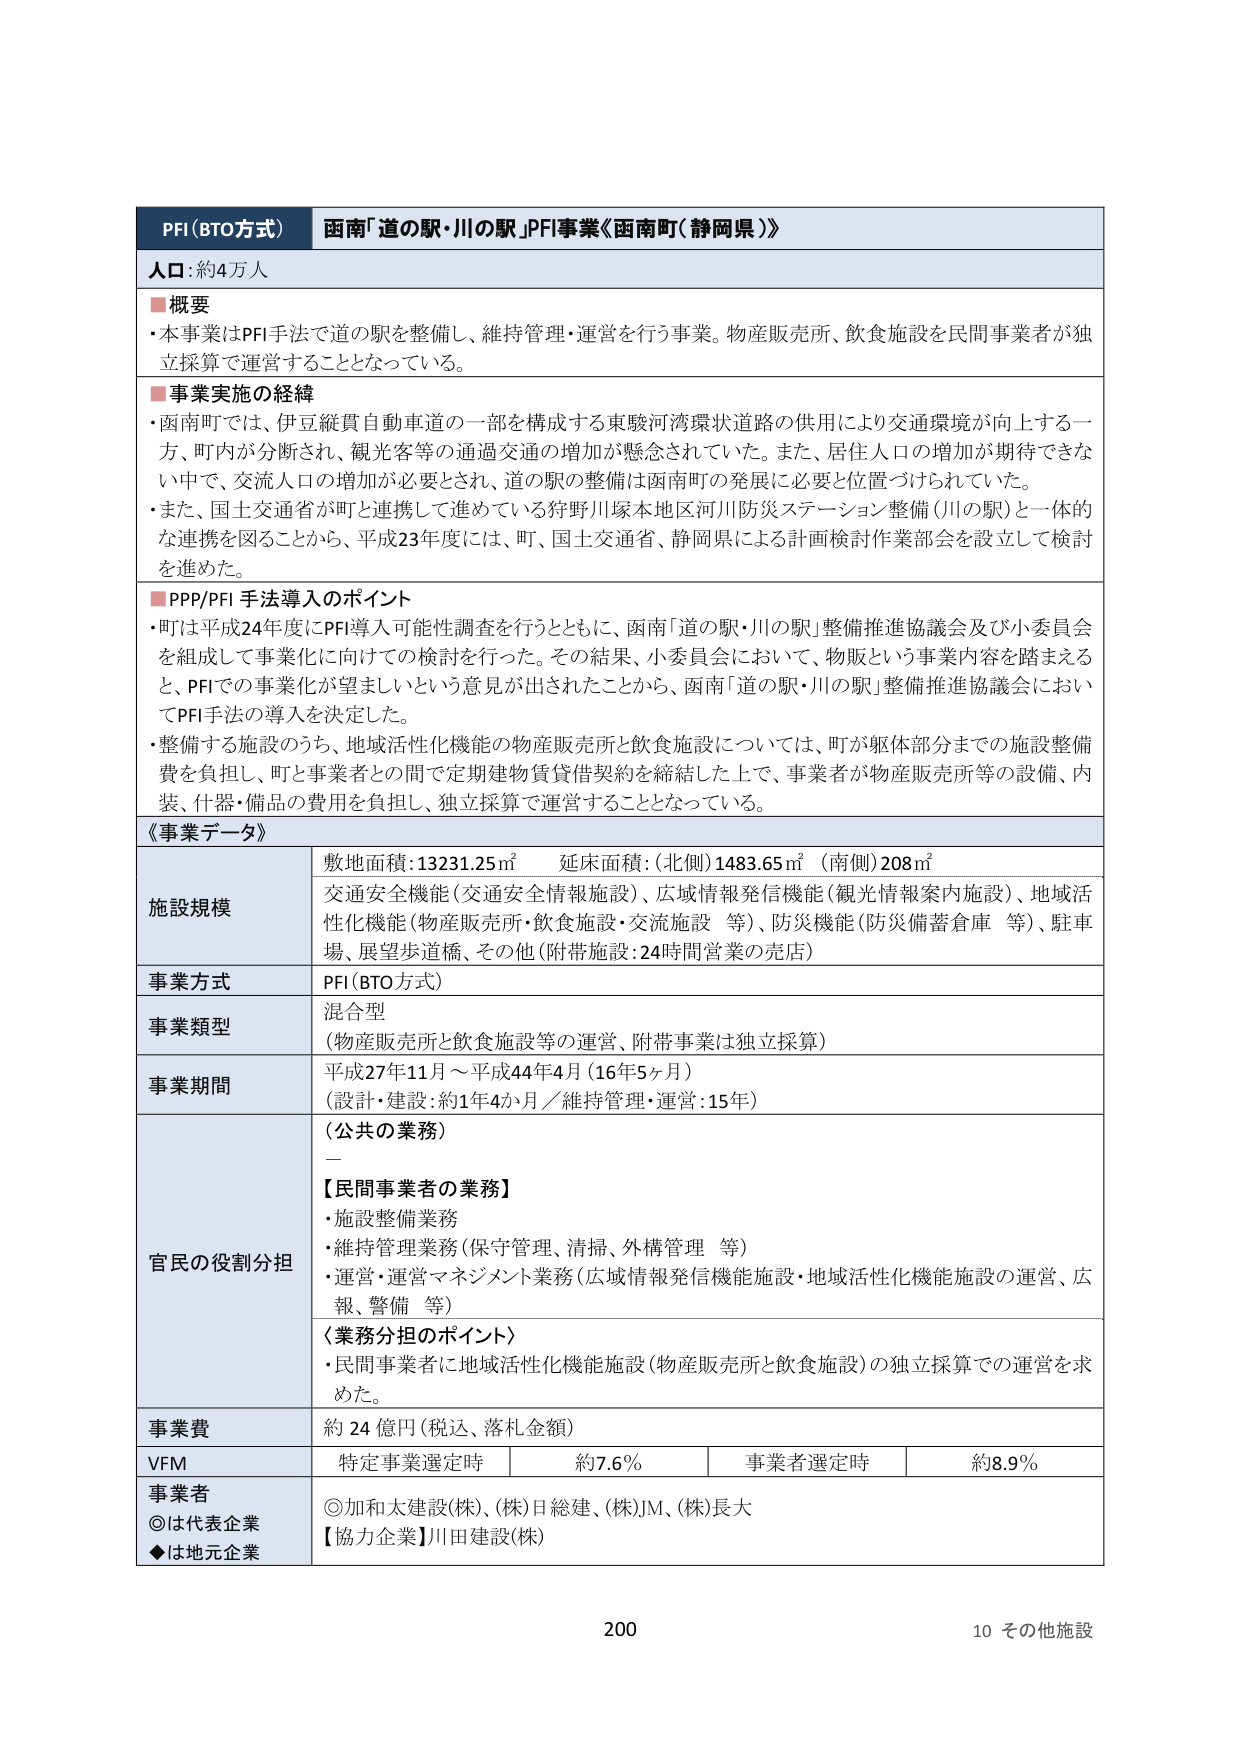
PFI（BTO方式）  函南「道の駅・川の駅」PFI事業《函南町（静岡県）》

人口：約4万人

■概要
・本事業はPFI手法で道の駅を整備し、維持管理・運営を行う事業。物産販売所、飲食施設を民間事業者が独立採算で運営することとなっている。

■事業実施の経緯
・函南町では、伊豆縦貫自動車道の一部を構成する東駿河湾環状道路の供用により交通環境が向上する一方、町内が分断され、観光客等の通過交通の増加が懸念されていた。また、居住人口の増加が期待できない中で、交流人口の増加が必要とされ、道の駅の整備は函南町の発展に必要と位置づけられていた。
・また、国土交通省が町と連携して進めている狩野川塚本地区河川防災ステーション整備（川の駅）と一体的な連携を図ることから、平成23年度には、町、国土交通省、静岡県による計画検討作業部会を設立して検討を進めた。

■PPP/PFI手法導入のポイント
・町は平成24年度にPFI導入可能性調査を行うとともに、函南「道の駅・川の駅」整備推進協議会及び小委員会を組成して事業化に向けての検討を行った。その結果、小委員会において、物販という事業内容を踏まえると、PFIでの事業化が望ましいという意見が出されたことから、函南「道の駅・川の駅」整備推進協議会においてPFI手法の導入を決定した。
・整備する施設のうち、地域活性化機能の物産販売所と飲食施設については、町が躯体部分までの施設整備費を負担し、町と事業者との間で定期建物賃貸借契約を締結した上で、事業者が物産販売所等の設備、内装、什器・備品の費用を負担し、独立採算で運営することとなっている。

《事業データ》

施設規模
敷地面積：13231.25㎡　延床面積：（北側）1483.65㎡　（南側）208㎡
交通安全機能（交通安全情報施設）、広域情報発信機能（観光情報案内施設）、地域活性化機能（物産販売所・飲食施設・交流施設　等）、防災機能（防災備蓄倉庫　等）、駐車場、展望歩道橋、その他（附帯施設：24時間営業の売店）

事業方式
PFI（BTO方式）

事業類型
混合型
（物産販売所と飲食施設等の運営、附帯事業は独立採算）

事業期間
平成27年11月～平成44年4月（16年5ヶ月）
（設計・建設：約1年4か月／維持管理・運営：15年）

官民の役割分担
（公共の業務）
－
【民間事業者の業務】
・施設整備業務
・維持管理業務（保守管理、清掃、外構管理　等）
・運営・運営マネジメント業務（広域情報発信機能施設・地域活性化機能施設の運営、広報、警備　等）
〈業務分担のポイント〉
・民間事業者に地域活性化機能施設（物産販売所と飲食施設）の独立採算での運営を求めた。

事業費
約24億円（税込、落札金額）

VFM
特定事業選定時　約7.6％　事業者選定時　約8.9％

事業者
◎は代表企業　◆は地元企業
◎加和大建設（株）、（株）日総建、（株）JM、（株）長大
【協力企業】川田建設（株）

200
10 その他施設